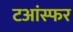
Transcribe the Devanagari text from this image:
टआंस्फर